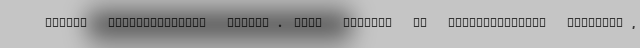
ranian pharmaceutical market. DARU Journal of Pharmaceutical Sciences,